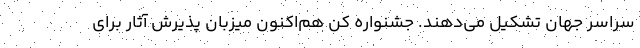
سراسر جهان تشکیل می‌دهند. جشنواره کن هم‌اکنون میزبان پذیرش آثار برای